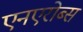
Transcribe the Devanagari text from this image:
एनएरोब्स